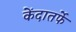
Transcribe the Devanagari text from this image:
केंदातर्फे